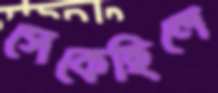
সেকেছিলে